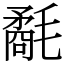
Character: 氄